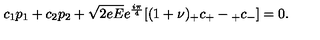
c _ { 1 } p _ { 1 } + c _ { 2 } p _ { 2 } + \sqrt { 2 e E } e ^ { \frac { i \pi } { 4 } } [ ( 1 + \nu ) { } _ { + } c _ { + } - { } _ { + } c _ { - } ] = 0 .